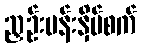
ညှဉ်းပန်းနှိပ်စက်